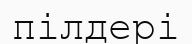
пілдері